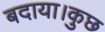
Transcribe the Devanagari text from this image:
बदाया।कुछ